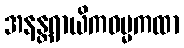
အနန္တရာယိကဓမ္မကထာ